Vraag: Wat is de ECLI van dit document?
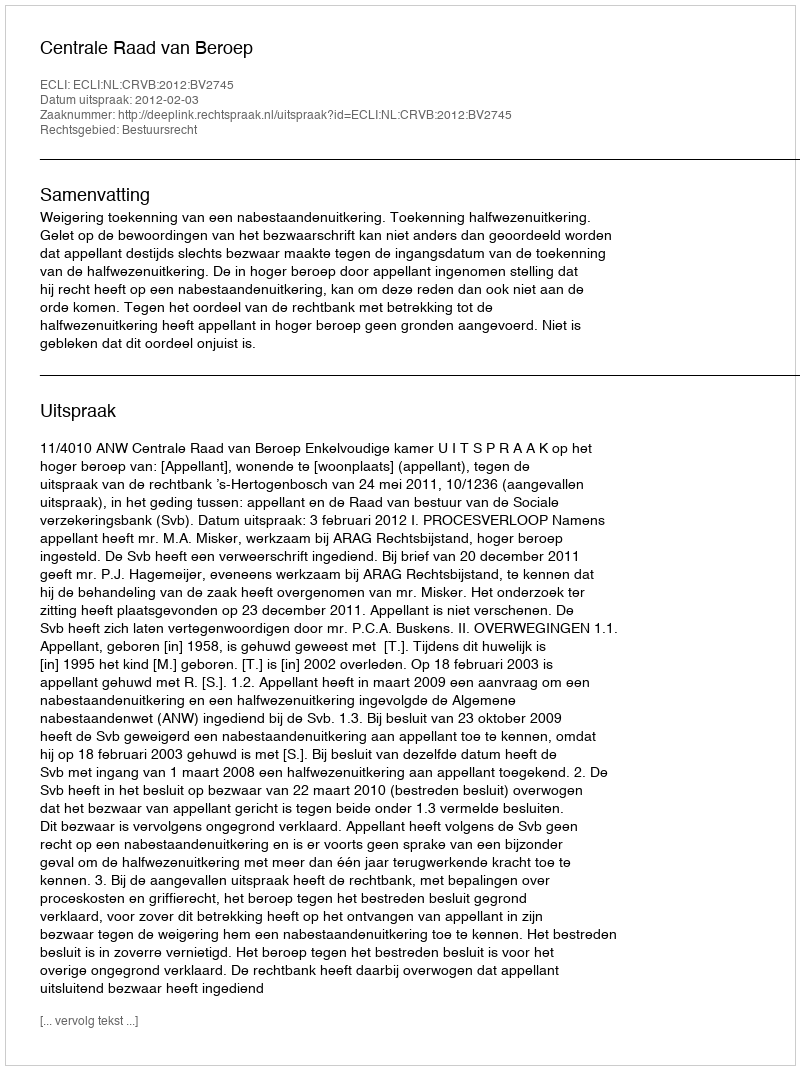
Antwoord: ECLI:NL:CRVB:2012:BV2745